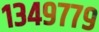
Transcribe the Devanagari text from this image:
१३४९७७९